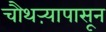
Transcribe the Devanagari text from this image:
चौथऱ्यापासून